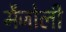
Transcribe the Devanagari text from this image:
मैजोली